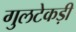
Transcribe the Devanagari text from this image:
गुलटेकड़ी